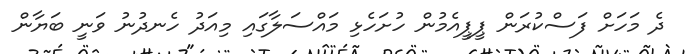
ދެ މަހަށް ފަސްކުރަން ޕީޕީއެމުން ހުށަހެޅި މައްސަލާގައި މިއަދު ހެނދުނު ވަނީ ބަޔާން